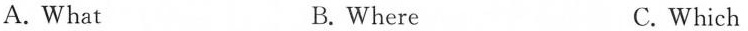
A. What B. Where C. Which